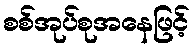
စစ်အုပ်စုအနေဖြင့်